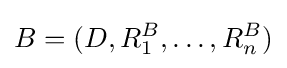
B=(D,R_{1}^{B},\ldots ,R_{n}^{B})